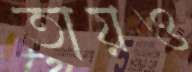
তায়ও